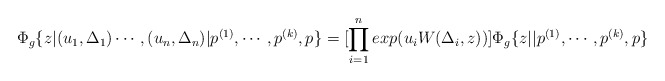
\begin{align*}\Phi_g\{z|(u_1,\Delta_1)\cdots,(u_n,\Delta_n)|p^{(1)},\cdots,p^{(k)},p\} =[\prod_{i=1}^n exp (u_iW(\Delta_i,z))]\Phi_g\{z||p^{(1)},\cdots,p^{(k)},p\}\end{align*}